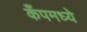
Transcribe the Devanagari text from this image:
कँपमध्ये